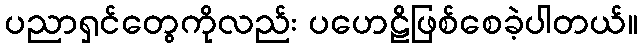
ပညာရှင်တွေကိုလည်း ပဟေဠိဖြစ်စေခဲ့ပါတယ်။